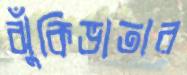
ঝুঁকিভাতার